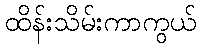
ထိန်းသိမ်းကာကွယ်